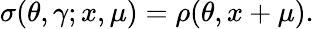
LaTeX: \sigma(\theta,\gamma;x,\mu)=\rho(\theta,x+\mu).